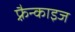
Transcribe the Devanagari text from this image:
फ़्रैन्काइज